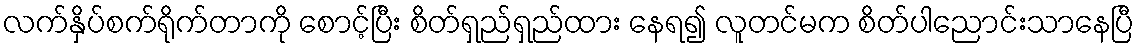
လက်နှိပ်စက်ရိုက်တာကို စောင့်ပြီး စိတ်ရှည်ရှည်ထား နေရ၍ လူတင်မက စိတ်ပါညောင်းသာနေပြီ